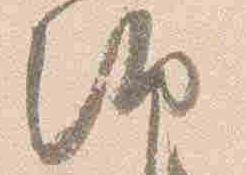
朝